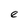
Character: e